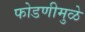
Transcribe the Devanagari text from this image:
फोडणीमुळे